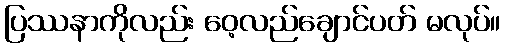
ပြဿနာကိုလည်း ဝေ့လည်ချောင်ပတ် မလုပ်။